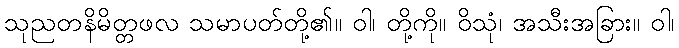
သုညတနိမိတ္တဖလ သမာပတ်တို့၏။ ဝါ၊ တို့ကို။ ဝိသုံ၊ အသီးအခြား။ ဝါ၊